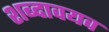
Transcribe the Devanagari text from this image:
शब्दावयव